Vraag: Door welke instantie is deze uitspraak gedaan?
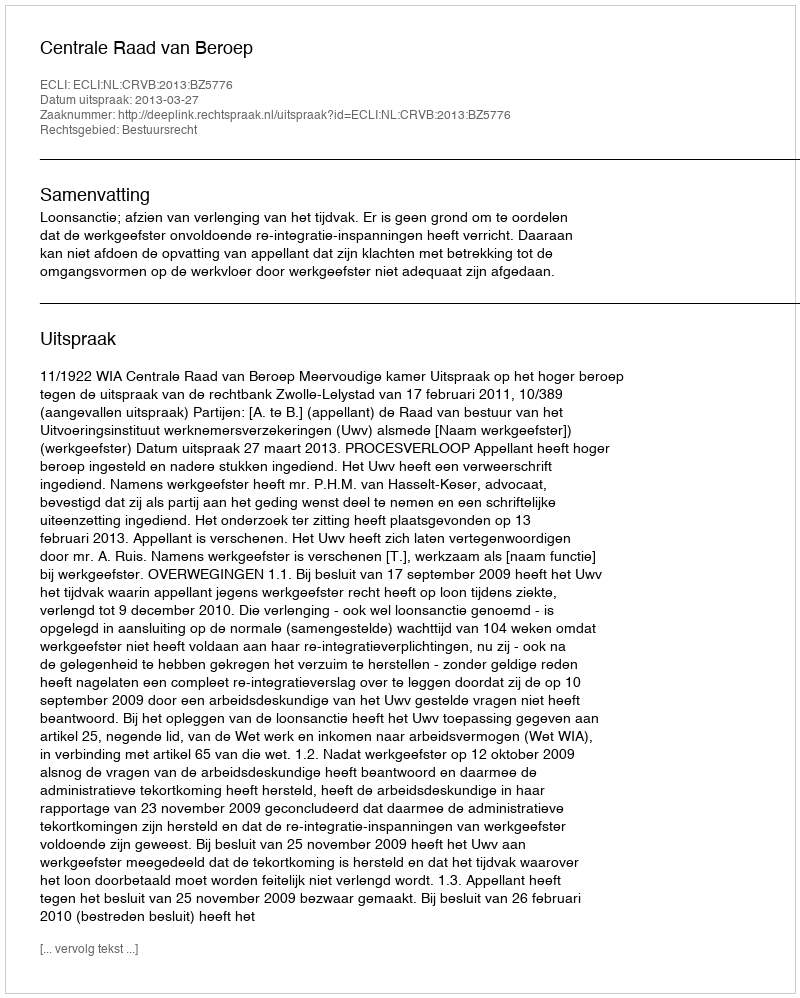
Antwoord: Centrale Raad van Beroep